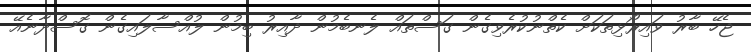
ޖެހޭ ބާރު ވައިރޯޅިތަކަށް ކެތްނުކުރެވިގެން ގަސްތައް ލެނބެމުން ދާއިރު ބިމުން ލުއްސާލައިގެން ގޮސްދާނެއޭ